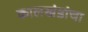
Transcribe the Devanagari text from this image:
कालखंडांचा